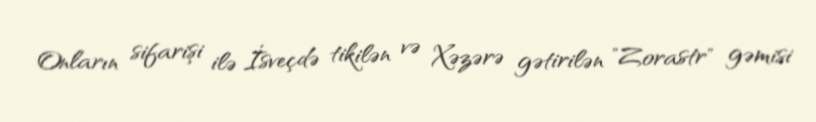
Onların sifarişi ilə İsveçdə tikilən və Xəzərə gətirilən "Zorastr" gəmisi